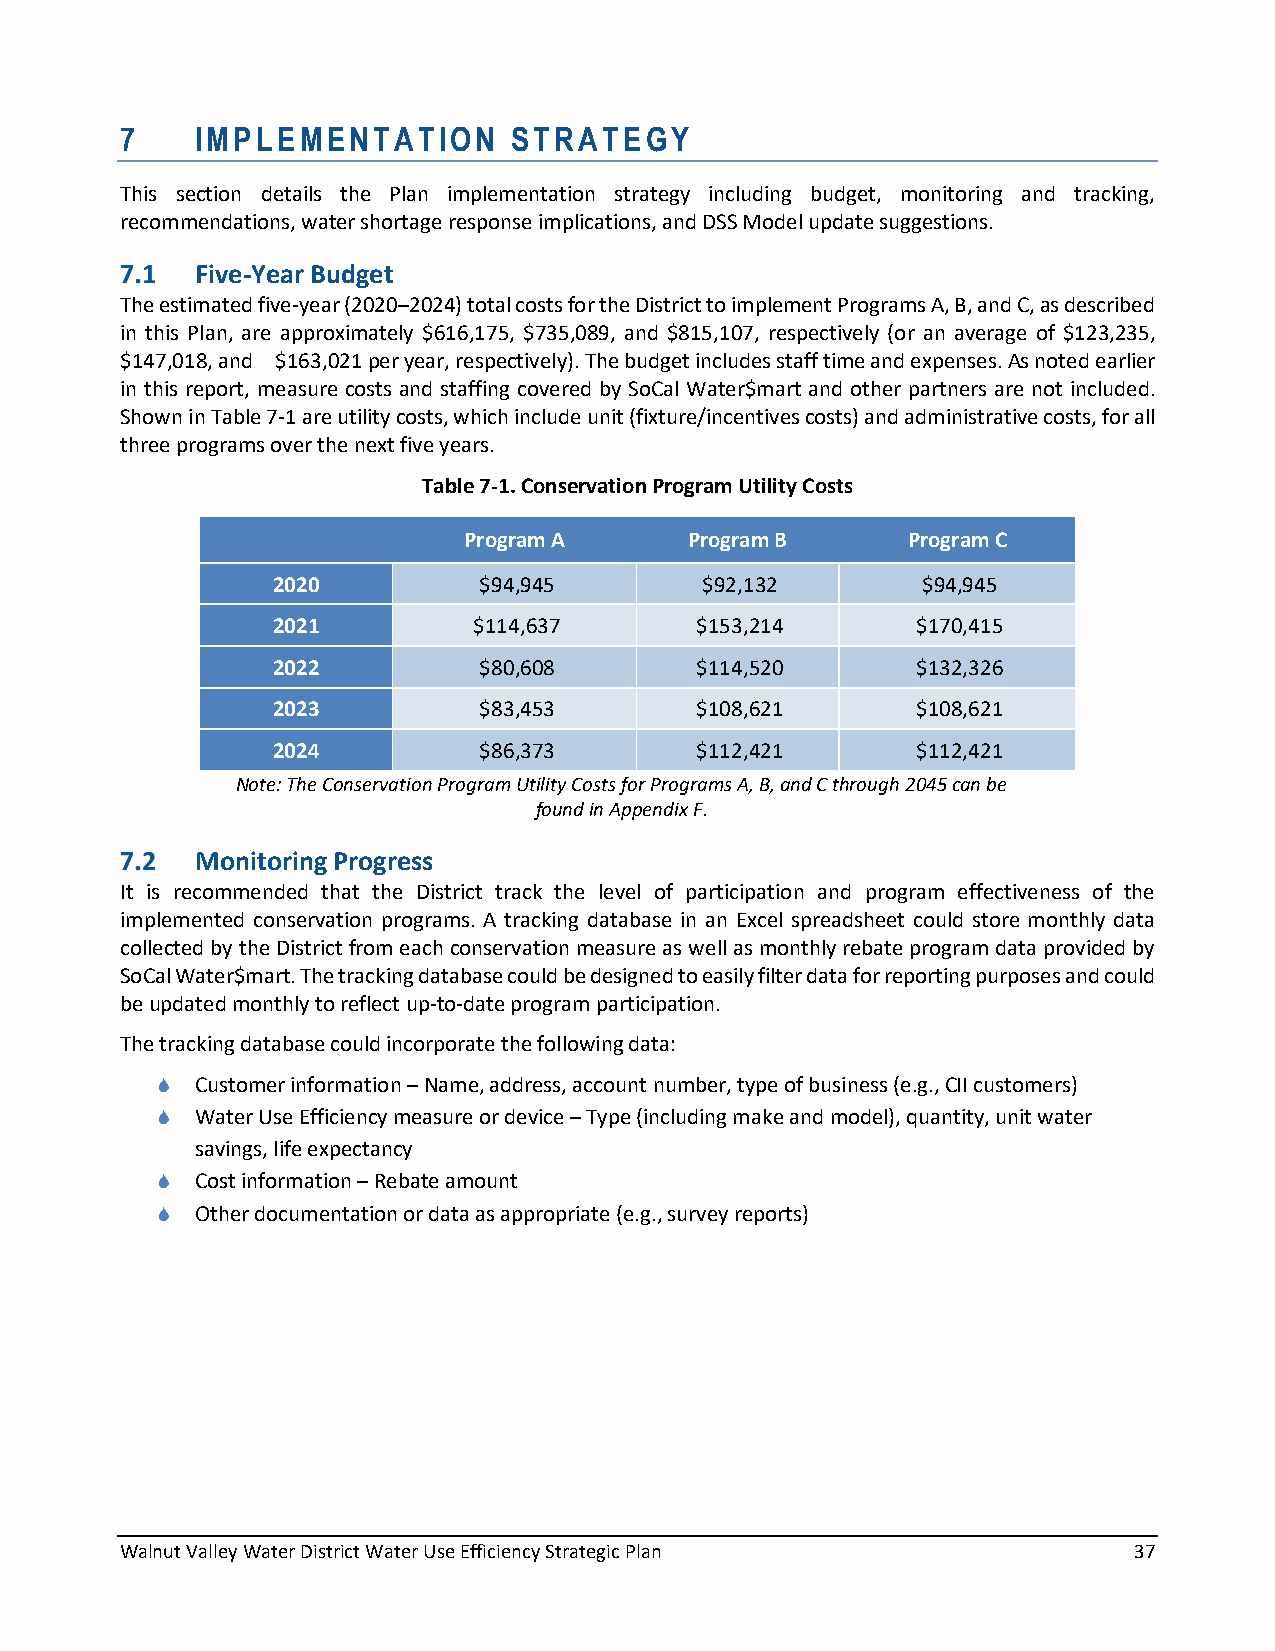
7    IMPLEMENTATION       STRATEGY
 This section details the Plan implementation strategy including budget, monitoring and tracking,
 recommendations, water shortage response implications, and DSS Model update suggestions.
 Five-Year Budget
 The estimated five-year (2020–2024) total costs for the District to implement Programs A, B, and C, as described
 in this Plan, are approximately $616,175, $735,089, and $815,107, respectively (or an average of $123,235,
 $147,018, and $163,021 per year, respectively). The budget includes staff time and expenses. As noted earlier
 in this report, measure costs and staffing covered by SoCal Water$mart and other partners are not included.
 Shown in Table 7-1 are utility costs, which include unit (fixture/incentives costs) and administrative costs, for all
 three programs over the next five years.
 Table 7-1. Conservation Program Utility Costs
 Program A      Program B     Program C
 2020          $94,945       $92,132        $94,945
 2021         $114,637       $153,214       $170,415
 2022          $80,608       $114,520       $132,326
 2023          $83,453       $108,621       $108,621
 2024          $86,373       $112,421       $112,421
 Note: The Conservation Program Utility Costs for Programs A, B, and C through 2045 can be
 found in Appendix F.
 Monitoring Progress
 It is recommended that the District track the level of participation and program effectiveness of the
 implemented conservation programs. A tracking database in an Excel spreadsheet could store monthly data
 collected by the District from each conservation measure as well as monthly rebate program data provided by
 SoCal Water$mart. The tracking database could be designed to easily filter data for reporting purposes and could
 be updated monthly to reflect up-to-date program participation.
 The tracking database could incorporate the following data:
   Customer information – Name, address, account number, type of business (e.g., CII customers)
   Water Use Efficiency measure or device – Type (including make and model), quantity, unit water
 savings, life expectancy
   Cost information – Rebate amount
   Other documentation or data as appropriate (e.g., survey reports)
 Walnut Valley Water District Water Use Efficiency Strategic Plan   37